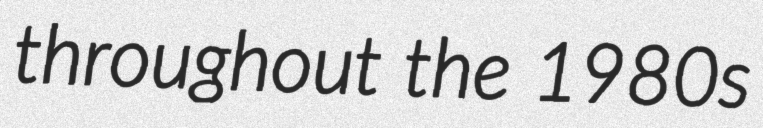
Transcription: throughout the 1980s